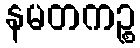
နမတကဉ္စ